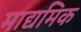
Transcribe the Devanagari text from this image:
माद्यमिक